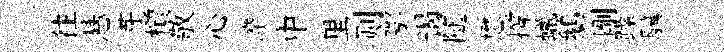
往悬芽檟敬心淬中里则鄂谒随懋撐蠟鵝剛躁驥